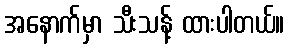
အနောက်မှာ သီးသန့် ထားပါတယ်။